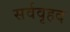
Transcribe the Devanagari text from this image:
सर्ववृहद